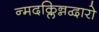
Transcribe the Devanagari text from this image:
न्मदक्लिन्नद्वारो